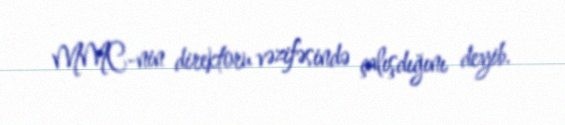
MMC-nin direktoru vəzifəsində çalışdığını deyib.